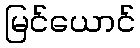
မြင်ယောင်